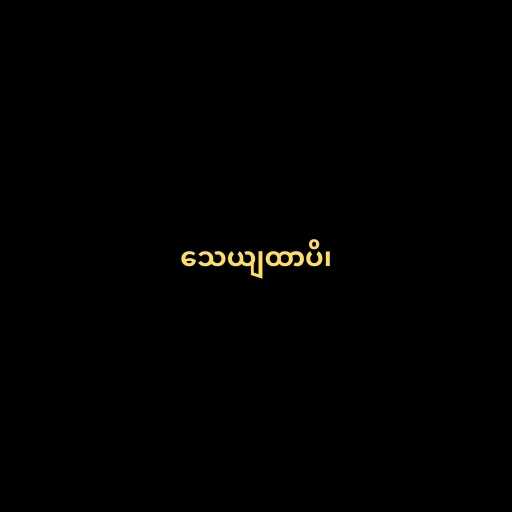
သေယျထာပိ၊